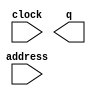
// megafunction wizard: %ROM: 1-PORT%VBB%
// GENERATION: STANDARD
// VERSION: WM1.0
// MODULE: altsyncram 

// ============================================================
// Megafunction Name(s):
// 			altsyncram
//
// Simulation Library Files(s):
// 			altera_mf
// ============================================================
// ************************************************************
// THIS IS A WIZARD-GENERATED FILE. DO NOT EDIT THIS FILE!
//
// 17.0.0 Build 595 04/25/2017 SJ Standard Edition
// ************************************************************

//Copyright (C) 2017  Intel Corporation. All rights reserved.
//Your use of Intel Corporation's design tools, logic functions 
//and other software and tools, and its AMPP partner logic 
//functions, and any output files from any of the foregoing 
//(including device programming or simulation files), and any 
//associated documentation or information are expressly subject 
//to the terms and conditions of the Intel Program License 
//Subscription Agreement, the Intel Quartus Prime License Agreement,
//the Intel MegaCore Function License Agreement, or other 
//applicable license agreement, including, without limitation, 
//that your use is for the sole purpose of programming logic 
//devices manufactured by Intel and sold by Intel or its 
//authorized distributors.  Please refer to the applicable 
//agreement for further details.

module lcd_rom_module (
	address,
	clock,
	q);

	input	[10:0]  address;
	input	  clock;
	output	[7:0]  q;
`ifndef ALTERA_RESERVED_QIS
// synopsys translate_off
`endif
	tri1	  clock;
`ifndef ALTERA_RESERVED_QIS
// synopsys translate_on
`endif

endmodule

// ============================================================
// CNX file retrieval info
// ============================================================
// Retrieval info: PRIVATE: ADDRESSSTALL_A NUMERIC "0"
// Retrieval info: PRIVATE: AclrAddr NUMERIC "0"
// Retrieval info: PRIVATE: AclrByte NUMERIC "0"
// Retrieval info: PRIVATE: AclrOutput NUMERIC "0"
// Retrieval info: PRIVATE: BYTE_ENABLE NUMERIC "0"
// Retrieval info: PRIVATE: BYTE_SIZE NUMERIC "8"
// Retrieval info: PRIVATE: BlankMemory NUMERIC "0"
// Retrieval info: PRIVATE: CLOCK_ENABLE_INPUT_A NUMERIC "0"
// Retrieval info: PRIVATE: CLOCK_ENABLE_OUTPUT_A NUMERIC "0"
// Retrieval info: PRIVATE: Clken NUMERIC "0"
// Retrieval info: PRIVATE: IMPLEMENT_IN_LES NUMERIC "0"
// Retrieval info: PRIVATE: INIT_FILE_LAYOUT STRING "PORT_A"
// Retrieval info: PRIVATE: INIT_TO_SIM_X NUMERIC "0"
// Retrieval info: PRIVATE: INTENDED_DEVICE_FAMILY STRING "Cyclone IV E"
// Retrieval info: PRIVATE: JTAG_ENABLED NUMERIC "0"
// Retrieval info: PRIVATE: JTAG_ID STRING "NONE"
// Retrieval info: PRIVATE: MAXIMUM_DEPTH NUMERIC "0"
// Retrieval info: PRIVATE: MIFfilename STRING "../mif/pika_ani.mif"
// Retrieval info: PRIVATE: NUMWORDS_A NUMERIC "2048"
// Retrieval info: PRIVATE: RAM_BLOCK_TYPE NUMERIC "2"
// Retrieval info: PRIVATE: RegAddr NUMERIC "1"
// Retrieval info: PRIVATE: RegOutput NUMERIC "1"
// Retrieval info: PRIVATE: SYNTH_WRAPPER_GEN_POSTFIX STRING "0"
// Retrieval info: PRIVATE: SingleClock NUMERIC "1"
// Retrieval info: PRIVATE: UseDQRAM NUMERIC "0"
// Retrieval info: PRIVATE: WidthAddr NUMERIC "11"
// Retrieval info: PRIVATE: WidthData NUMERIC "8"
// Retrieval info: PRIVATE: rden NUMERIC "0"
// Retrieval info: LIBRARY: altera_mf altera_mf.altera_mf_components.all
// Retrieval info: CONSTANT: ADDRESS_ACLR_A STRING "NONE"
// Retrieval info: CONSTANT: CLOCK_ENABLE_INPUT_A STRING "BYPASS"
// Retrieval info: CONSTANT: CLOCK_ENABLE_OUTPUT_A STRING "BYPASS"
// Retrieval info: CONSTANT: INIT_FILE STRING "../mif/pika_ani.mif"
// Retrieval info: CONSTANT: INTENDED_DEVICE_FAMILY STRING "Cyclone IV E"
// Retrieval info: CONSTANT: LPM_HINT STRING "ENABLE_RUNTIME_MOD=NO"
// Retrieval info: CONSTANT: LPM_TYPE STRING "altsyncram"
// Retrieval info: CONSTANT: NUMWORDS_A NUMERIC "2048"
// Retrieval info: CONSTANT: OPERATION_MODE STRING "ROM"
// Retrieval info: CONSTANT: OUTDATA_ACLR_A STRING "NONE"
// Retrieval info: CONSTANT: OUTDATA_REG_A STRING "CLOCK0"
// Retrieval info: CONSTANT: RAM_BLOCK_TYPE STRING "M9K"
// Retrieval info: CONSTANT: WIDTHAD_A NUMERIC "11"
// Retrieval info: CONSTANT: WIDTH_A NUMERIC "8"
// Retrieval info: CONSTANT: WIDTH_BYTEENA_A NUMERIC "1"
// Retrieval info: USED_PORT: address 0 0 11 0 INPUT NODEFVAL "address[10..0]"
// Retrieval info: USED_PORT: clock 0 0 0 0 INPUT VCC "clock"
// Retrieval info: USED_PORT: q 0 0 8 0 OUTPUT NODEFVAL "q[7..0]"
// Retrieval info: CONNECT: @address_a 0 0 11 0 address 0 0 11 0
// Retrieval info: CONNECT: @clock0 0 0 0 0 clock 0 0 0 0
// Retrieval info: CONNECT: q 0 0 8 0 @q_a 0 0 8 0
// Retrieval info: GEN_FILE: TYPE_NORMAL lcd_rom_module.v TRUE
// Retrieval info: GEN_FILE: TYPE_NORMAL lcd_rom_module.inc FALSE
// Retrieval info: GEN_FILE: TYPE_NORMAL lcd_rom_module.cmp FALSE
// Retrieval info: GEN_FILE: TYPE_NORMAL lcd_rom_module.bsf FALSE
// Retrieval info: GEN_FILE: TYPE_NORMAL lcd_rom_module_inst.v TRUE
// Retrieval info: GEN_FILE: TYPE_NORMAL lcd_rom_module_bb.v TRUE
// Retrieval info: LIB_FILE: altera_mf